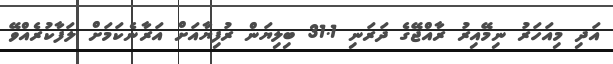
އަދި މިއަހަރު ނިމޭއިރު ރާއްޖޭގެ ދަރަނި 31.1 ބިލިޔަން ރުފިޔާއަށް އަރާނެކަމަށް ލަފާކުރެއްވޭ